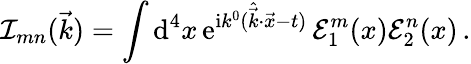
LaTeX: {\cal I}_{mn}(\vec{k})=\int\mathrm{d}^{4}x\, \mathrm{e}^{\mathrm{i}k^{0}(\hat{\vec{k}}\cdot\vec{x}-t)}\, {\cal E}_{1}^{m}(x){\cal E}_{2}^{n}(x)\, .